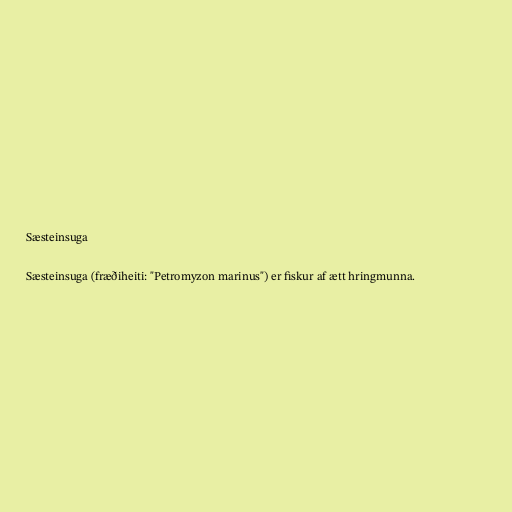
Sæsteinsuga

Sæsteinsuga (fræðiheiti: "Petromyzon marinus") er fiskur af ætt hringmunna.